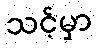
သင့်မှာ